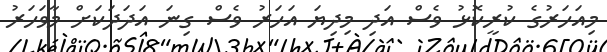
މިއަހަރުގެ ކުރީކޮޅު ވެސް އަދި މިދިޔަ އަހަރު ވެސް ގިނަ އަދަދަކަށް މާވަހަރު